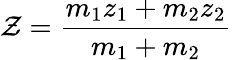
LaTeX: \mathcal{Z}={\frac{{m_{1}z_{1}+m_{2}z_{2}}}{{m_{1}+m_{2}}}}